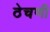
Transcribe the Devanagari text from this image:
ठेचणी